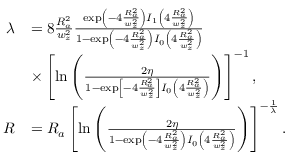
\begin{array} { r l } { \lambda } & { = 8 \frac { R _ { a } ^ { 2 } } { w _ { z } ^ { 2 } } \frac { \exp \left( - 4 \frac { R _ { a } ^ { 2 } } { w _ { z } ^ { 2 } } \right) { I } _ { 1 } \left( 4 \frac { R _ { a } ^ { 2 } } { w _ { z } ^ { 2 } } \right) } { 1 - \exp \left( - 4 \frac { R _ { a } ^ { 2 } } { w _ { z } ^ { 2 } } \right) { I } _ { 0 } \left( 4 \frac { R _ { a } ^ { 2 } } { w _ { z } ^ { 2 } } \right) } } \\ & { \times \left[ \ln \left( \frac { 2 \eta } { 1 - \exp \left[ - 4 \frac { R _ { a } ^ { 2 } } { w _ { z } ^ { 2 } } \right] { I } _ { 0 } \left( 4 \frac { R _ { a } ^ { 2 } } { w _ { z } ^ { 2 } } \right) } \right) \right] ^ { - 1 } , } \\ { R } & { = R _ { a } \left[ \ln \left( \frac { 2 \eta } { 1 - \exp \left( - 4 \frac { R _ { a } ^ { 2 } } { w _ { z } ^ { 2 } } \right) { I } _ { 0 } \left( 4 \frac { R _ { a } ^ { 2 } } { w _ { z } ^ { 2 } } \right) } \right) \right] ^ { - \frac { 1 } { \lambda } } . } \end{array}